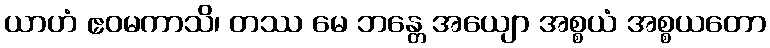
ယာဟံ ဧဝမကာသိ၊ တဿ မေ ဘန္တေ အယျော အစ္စယံ အစ္စယတော